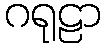
ဂရုဠာ